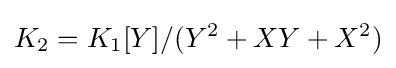
K_{2}=K_{1}[Y]/(Y^{2}+XY+X^{2})